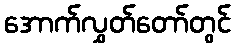
အောက်လွှတ်တော်တွင်